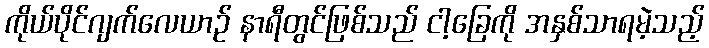
ကိုယ်ပိုင်ဂျက်လေယာဉ် နာရီတွင်ဖြစ်သည် ငါ့ခြေကို အနှစ်သာရမဲ့သည့်